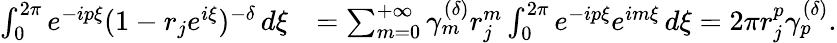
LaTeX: \begin{array}{rl}{\int_{0}^{2\pi}e^{-ip\xi}(1-r_{j}e^{i\xi})^{-\delta}\, d\xi}&{=\sum_{m=0}^{+\infty}\gamma_{m}^{(\delta)}r_{j}^{m}\int_{0}^{2\pi}e^{-ip\xi}e^{im\xi}\, d\xi=2\pi r_{j}^{p}\gamma_{p}^{(\delta)}.}\end{array}